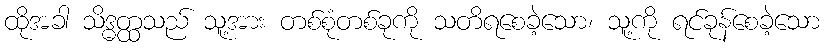
ထိုအခါ သိဒ္ဓတ္ထသည် သူ့အား တစ်စုံတစ်ခုကို သတိရစေခဲ့သော၊ သူ့ကို ရင်ခုန်စေခဲ့သော